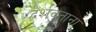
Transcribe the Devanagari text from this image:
दर्शवताना